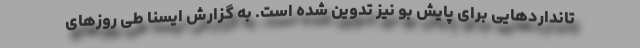
تانداردهایی برای پایش بو نیز تدوین شده است. به گزارش ایسنا طی روزهای